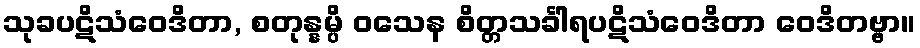
သုခပဋိသံဝေဒိတာ, စတုန္နမ္ပိ ဝသေန စိတ္တသင်္ခါရပဋိသံဝေဒိတာ ဝေဒိတဗ္ဗာ။